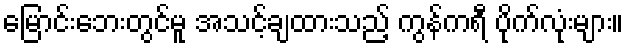
မြောင်းဘေးတွင်မူ အသင့်ချထားသည့် ကွန်ကရီ ပိုက်လုံးများ။